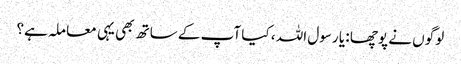
لوگوں نے پوچھا : یا رسول اللہ ، کیا آپ کے ساتھ بھی یہی معا ملہ ہے؟